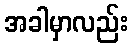
အခါမှာလည်း